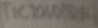
Text: TIC206D(TRIAC)